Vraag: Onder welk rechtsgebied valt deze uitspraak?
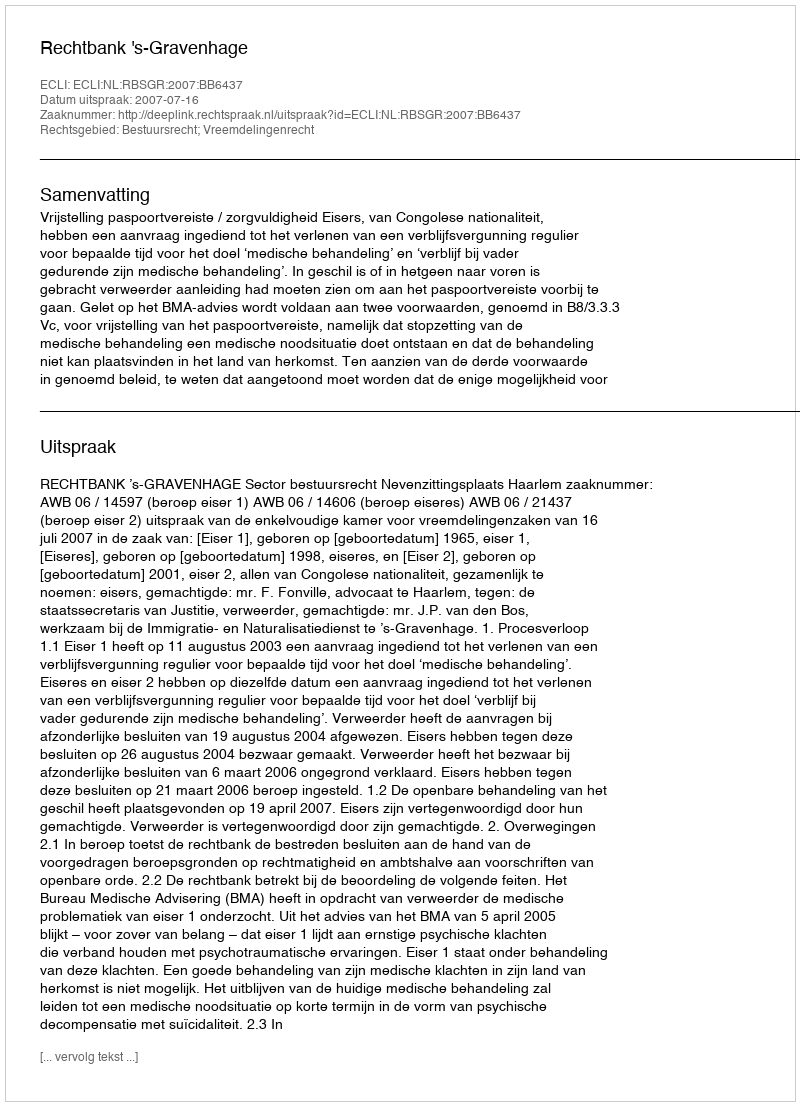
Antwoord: Bestuursrecht; Vreemdelingenrecht